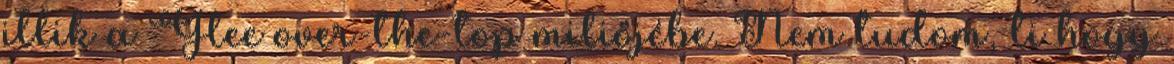
illik a Glee over-the-top miliőjébe. Nem tudom, ti hogy